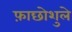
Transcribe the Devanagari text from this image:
फ़ाछोशुले